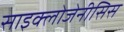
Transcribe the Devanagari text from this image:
साइक्लोजेनीसिस